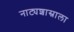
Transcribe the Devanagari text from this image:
नाट्यशास्राला